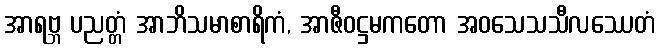
အာရဗ္ဘ ပညတ္တံ အာဘိသမာစာရိကံ, အာဇီဝဋ္ဌမကတော အဝသေသသီလဿေတံ